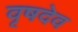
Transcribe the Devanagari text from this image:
वृषदेव